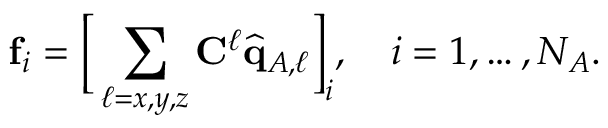
\mathbf { f } _ { i } = \Big [ \sum _ { \ell = x , y , z } \mathbf { C } ^ { \ell } \widehat { \mathbf { q } } _ { A , \ell } \Big ] _ { i } , \quad i = 1 , \dots , N _ { A } .